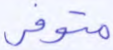
متوفر